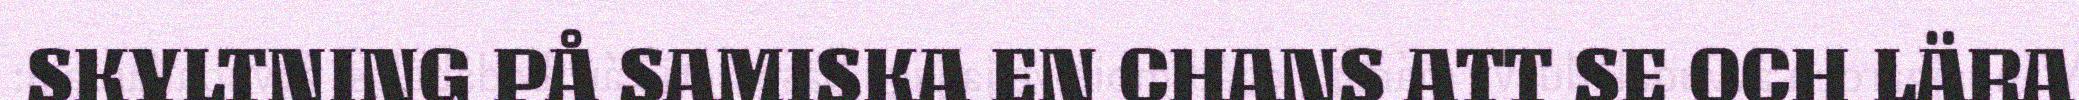
SKYLTNING PÅ SAMISKA EN CHANS ATT SE OCH LÄRA